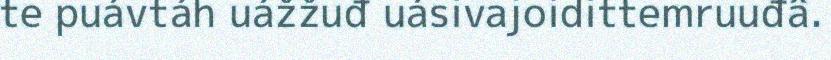
te puávtáh uážžuđ uásivajoidittemruuđâ.